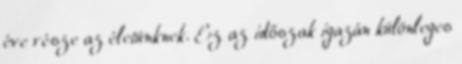
éve része az életünknek. Ez az időszak igazán különleges